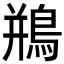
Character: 鵧